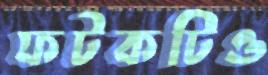
ফটকটিও